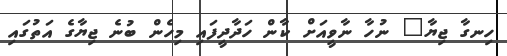
ހިނގާ ޖިޔާ" ނުހާ ނާވީއަށް ކާން ހަދާދީފައި މިހެން ބުނެ ޖިޔާގެ އަތުގައި